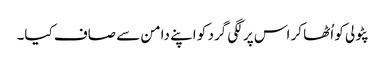
پٹولی کو اُٹھا کر اس پر لگی گرد کو اپنے دامن سے صاف کیا۔